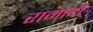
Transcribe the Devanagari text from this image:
रामादी